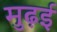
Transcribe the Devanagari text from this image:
मुढ़ई